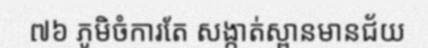
៧៦ ភូមិចំការតែ សង្កាត់ស្ពានមានជ័យ